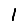
Digit: 1